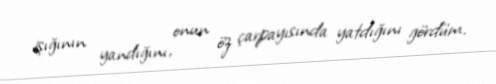
işığının yandığını, onun öz çarpayısında yatdığını gördüm.